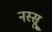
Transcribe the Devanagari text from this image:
नस्सू